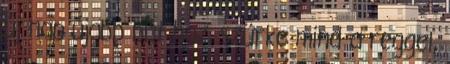
új nap újabb bút hoz, szürke mind a reggel,